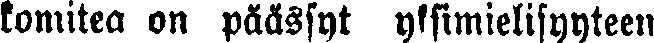
komitea on päässyt yksimielisyyteen